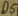
Text: D5